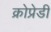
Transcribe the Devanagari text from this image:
क्रोप्रेडी